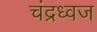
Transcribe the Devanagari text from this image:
चंद्रध्वज